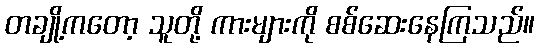
တချို့ကတော့ သူတို့ ကားများကို စစ်ဆေးနေကြသည်။